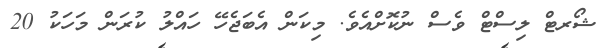
ޝޯރޓް ލިސްޓް ވެސް ނުކޮށްއެވެ. މިކަން އެބަޖެހޭ ހައްލު ކުރަން މަހަކު 20